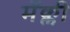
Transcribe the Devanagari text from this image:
मॅक्ली